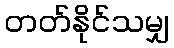
တတ်နိုင်သမျှ